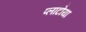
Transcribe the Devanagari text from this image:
प्लाटोया